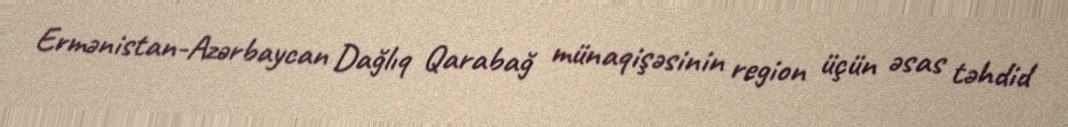
Ermənistan-Azərbaycan Dağlıq Qarabağ münaqişəsinin region üçün əsas təhdid